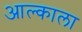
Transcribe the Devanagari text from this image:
आल्काला